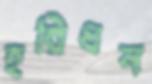
হরিধন